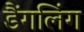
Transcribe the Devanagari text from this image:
डैंगलिंग